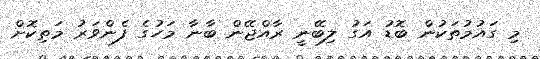
މި ގައުމުތަކުން ބޮޑު އަގު ލިބޭނީ ރާއްޖޭން ބާނާ މަހުގެ ފެންވަރު މަތިކޮށް